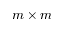
m \times m